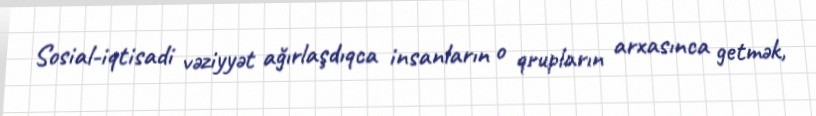
Sosial-iqtisadi vəziyyət ağırlaşdıqca insanların o qrupların arxasınca getmək,